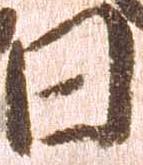
日